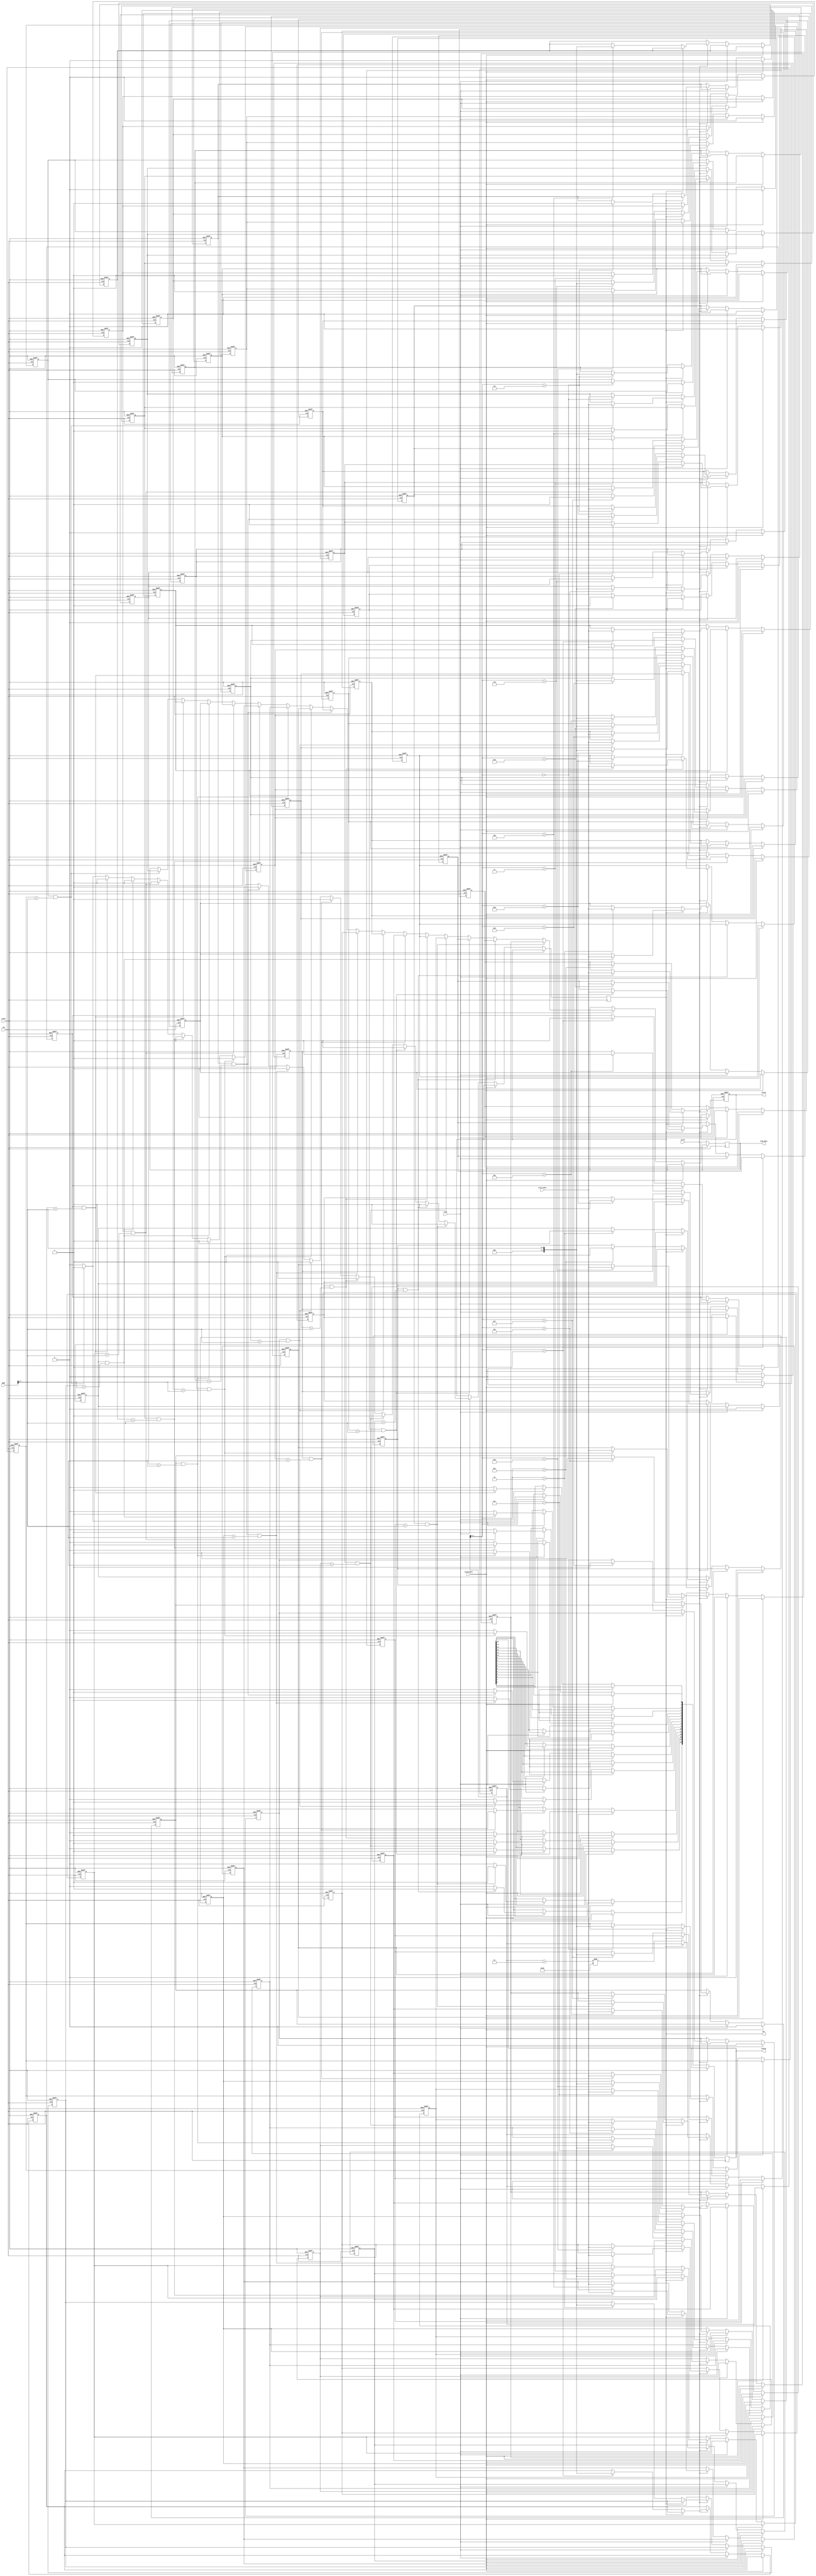
module shared_cache #(
    parameter CACHE_SIZE = 16,      // Number of lines in the cache
    parameter LINE_SIZE = 8,        // Bytes per line
    parameter ADDR_WIDTH = 8,        // Width of address
    parameter DATA_WIDTH = 64        // Width of data
) (
    input wire clk,
    input wire reset,
    input wire [ADDR_WIDTH-1:0] addr,         // Address from I/O block
    input wire [DATA_WIDTH-1:0] write_data,   // Data to write
    input wire read,                          // Read control signal
    input wire write,                         // Write control signal
    input wire invalidate,                     // Invalidation signal
    output reg [DATA_WIDTH-1:0] read_data,    // Data read from cache
    output reg hit,                           // Cache hit signal
    output reg valid,                         // Operation status
    output reg [CACHE_SIZE-1:0] status       // Status for each cache line
);

    // Define cache line structure
    reg [DATA_WIDTH-1:0] cache_data [0:CACHE_SIZE-1];   // Data storage
    reg [ADDR_WIDTH-1:0] cache_tag [0:CACHE_SIZE-1];    // Tag storage
    reg cache_valid [0:CACHE_SIZE-1];                    // Valid bits
    reg cache_dirty [0:CACHE_SIZE-1];                    // Dirty bits

    // Cache replacement policy: simple round-robin for this example
    integer i;
    integer next_line;

    always @(posedge clk or posedge reset) begin
        if (reset) begin
            // Initialize cache lines
            for (i = 0; i < CACHE_SIZE; i = i + 1) begin
                cache_data[i] <= 0;
                cache_tag[i] <= 0;
                cache_valid[i] <= 0;
                cache_dirty[i] <= 0;
            end
            next_line <= 0;
            valid <= 1'b1; // Reset completed successfully
        end else begin
            // Cache operations
            if (invalidate) begin
                // Invalidate cache lines
                for (i = 0; i < CACHE_SIZE; i = i + 1) begin
                    cache_valid[i] <= 1'b0;
                    cache_dirty[i] <= 1'b0;
                end
                valid <= 1'b1; // Invalidation completed
            end else if (read) begin
                // Read operation
                hit <= 1'b0; // Default to miss
                for (i = 0; i < CACHE_SIZE; i = i + 1) begin
                    if (cache_valid[i] && (cache_tag[i] == addr[ADDR_WIDTH-1:3])) begin // Example mapping
                        read_data <= cache_data[i];
                        hit <= 1'b1;
                        status[i] <= 1'b1; // Status: Hit
                    end else begin
                        status[i] <= 1'b0; // Status: Miss
                    end
                end
            end else if (write) begin
                // Write operation
                if (hit) begin
                    for (i = 0; i < CACHE_SIZE; i = i + 1) begin
                        if (cache_valid[i] && (cache_tag[i] == addr[ADDR_WIDTH-1:3])) begin
                            cache_data[i] <= write_data; // Write to cache
                            cache_dirty[i] <= 1'b1; // Mark as dirty
                        end
                    end
                end else begin
                    // Evict a line (simple strategy: overwrite the next line)
                    cache_data[next_line] <= write_data;
                    cache_tag[next_line] <= addr[ADDR_WIDTH-1:3];
                    cache_valid[next_line] <= 1'b1;
                    cache_dirty[next_line] <= 1'b1; // Mark as dirty
                    next_line <= (next_line + 1) % CACHE_SIZE; // Round-robin
                end
            end
        end
    end
endmodule